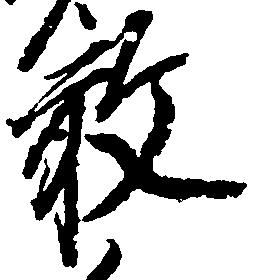
敢